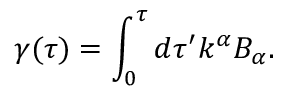
\gamma ( \tau ) = \int _ { 0 } ^ { \tau } d \tau ^ { \prime } k ^ { \alpha } B _ { \alpha } .